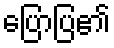
ပြောပြ၏